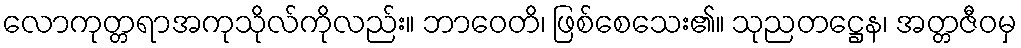
လောကုတ္တရာအကုသိုလ်ကိုလည်း။ ဘာဝေတိ၊ ဖြစ်စေသေး၏။ သုညတဋ္ဌေန၊ အတ္တဇီဝမှ